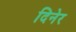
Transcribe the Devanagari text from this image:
दिनेर